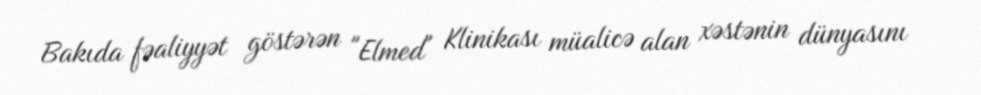
Bakıda fəaliyyət göstərən "Elmed" Klinikası müalicə alan xəstənin dünyasını